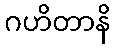
ဂဟိတာနိ